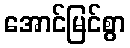
အောင်မြင်စွာ